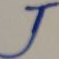
Text: J